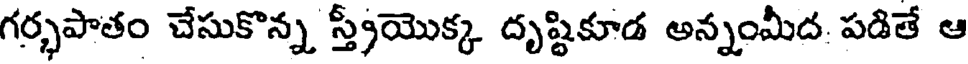
గర్భపాతం చేసుకొన్న స్త్రీయొక్క దృష్టికూడ అన్నంమీద. పడితే ఆ